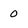
Character: 0